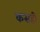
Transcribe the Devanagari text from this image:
कसही